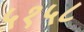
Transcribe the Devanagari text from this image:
५१५८